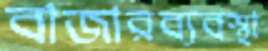
বাজারব্যবস্থা